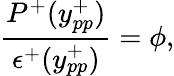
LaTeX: \frac{P^{+}(y_{pp}^{+})}{\epsilon^{+}(y_{pp}^{+})}=\phi,